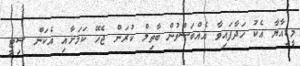
މީޑިއާޔާ އެކު ހަދާފައިވާ އެއްބަސްވުން ބާތިލް ކުރަން ޖެހޭ ކަމަށާއި އެކަން ސިޓީ